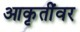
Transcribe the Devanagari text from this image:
आकृतींवर